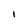
Character: I